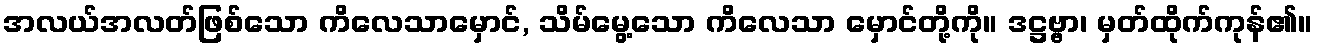
အလယ်အလတ်ဖြစ်သော ကိလေသာမှောင်, သိမ်မွေ့သော ကိလေသာ မှောင်တို့ကို။ ဒဋ္ဌဗ္ဗာ၊ မှတ်ထိုက်ကုန်၏။